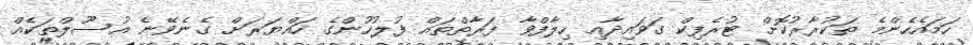
ހަމައެހެންމެ ތަކުރާރުކޮށް ޓުރެފިކް ގަވައިދާއި ހިލާފްވާ ފަރާތްތައް ފުލުހުންގެ ހައްޔަރަށް ގެނެވޭނެ އުސޫލްތަކެއް